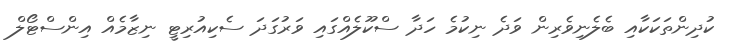
ކުދިންތަކަކާއި ބެލެނިވެރިން ވަދެ ނިކުމެ ހަދާ ސްކޫލެއްގައި ވަރުގަދަ ސެކިއުރިޓީ ނިޒާމެއް އިންސްޓޯލް